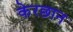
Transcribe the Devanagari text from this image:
केरछान